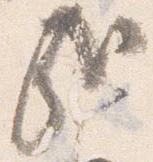
哉